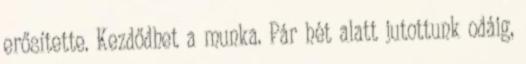
erősítette. Kezdődhet a munka. Pár hét alatt jutottunk odáig,